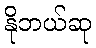
နိုဘယ်ဆု